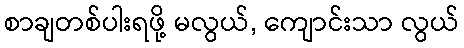
စာချတစ်ပါးရဖို့ မလွယ်, ကျောင်းသာ လွယ်